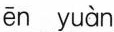
ēn yuàn